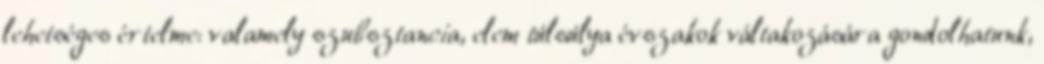
lehetséges értelme: valamely szubsztancia, elem túlsúlya évszakok váltakozására gondolhatunk,